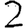
Digit: 2